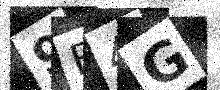
Text: 9B4G